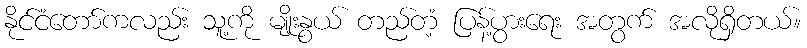
နိုင်ငံတော်ကလည်း သူ့ကို မျိုးနွယ် တည်တံ့ ပြန့်ပွားရေး အတွက် အလိုရှိတယ်။